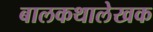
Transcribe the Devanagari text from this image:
बालकथालेखक